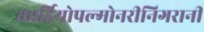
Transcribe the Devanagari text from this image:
कार्डियोपल्मोनरीनिगरानी